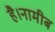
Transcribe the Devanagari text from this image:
है।नामीब